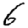
Digit: 6